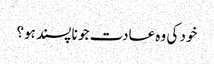
خود کی وہ عادت جو نا پسند ہو؟